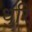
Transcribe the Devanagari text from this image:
धुरि